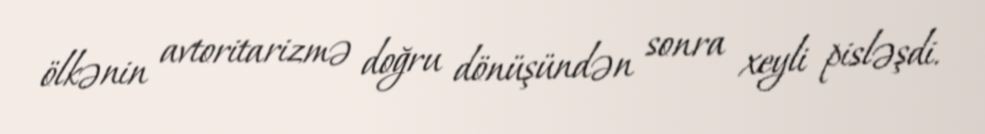
ölkənin avtoritarizmə doğru dönüşündən sonra xeyli pisləşdi.